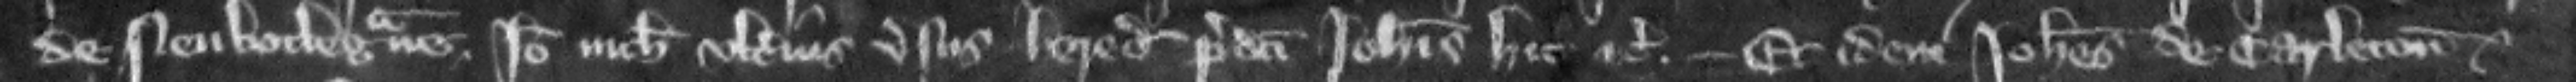
de Neubotlegraue. Ideo nichil vlterius versus heredes predicti Iohannis hic etc. --- Et idem Iohannes de Carleton